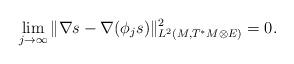
LaTeX: \begin{align*}\lim_{j\rightarrow \infty}\|\nabla s-\nabla(\phi_j s)\|^2_{L^2(M, T^*M\otimes E)}=0.\end{align*}